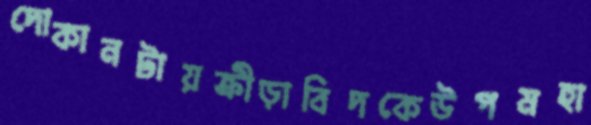
দোকানটায়ক্রীড়াবিদকেউপমহা